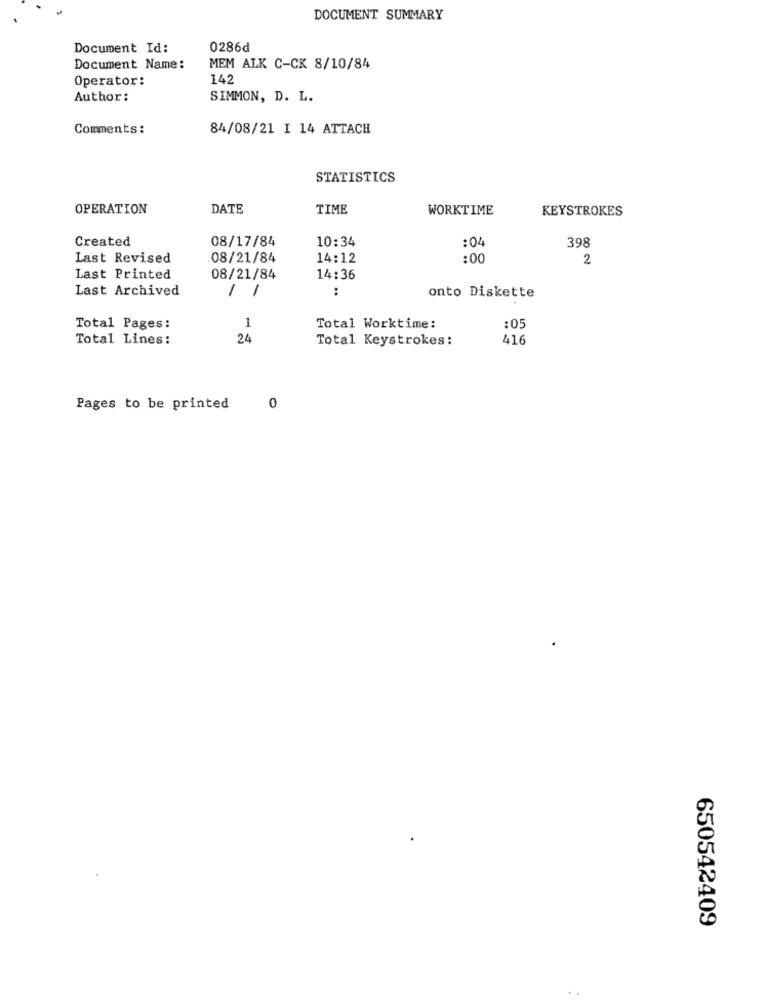
DOCUMENT SUMMARY
Document Id:
0286d
Document Name:
MEM ALK C-CK 8/10/84
Operator:
142
Author:
SIMMON, D. L.
Comments :
84/08/21 I 14 ATTACH
STATISTICS
OPERATION
DATE
TIME
WORKTIME
KEYSTROKES
Created
08/17/84
10:34
:04
398
Last Revised
08/21/84
14:12
:00
2
Last Printed
08/21/84
14:36
Last Archived
/
:
onto Diskette
Total Pages:
1
Total Worktime:
:05
Total Lines:
24
Total Keystrokes:
416
Pages to be printed
0
650542409